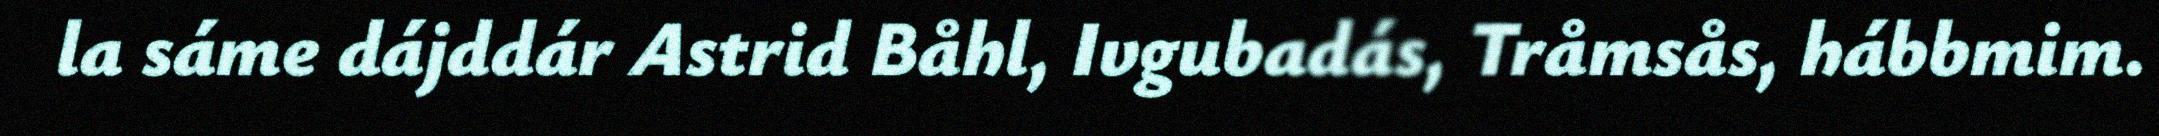
la sáme dájddár Astrid Båhl, Ivgubadás, Tråmsås, hábbmim.